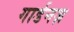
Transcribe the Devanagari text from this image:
गार्डनज़